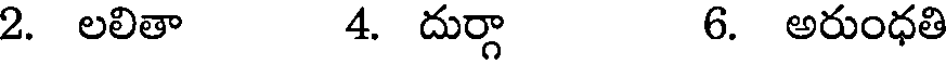
2. లలితా 4. దుర్గా 6. అరుంధతి